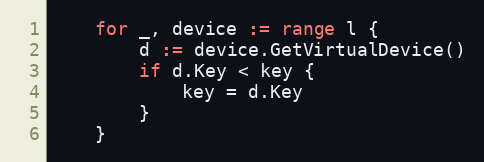
Language: Go
	for _, device := range l {
		d := device.GetVirtualDevice()
		if d.Key < key {
			key = d.Key
		}
	}